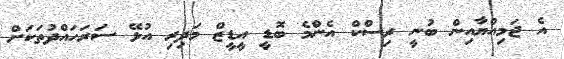
އެ ޖަމިއްޔާއިން ބުނީ ރިސްކް އެންމެ ބޮޑީ އީޑީޒް މަދިރި އުޅޭ ސަރަހައްދުތަކަށް